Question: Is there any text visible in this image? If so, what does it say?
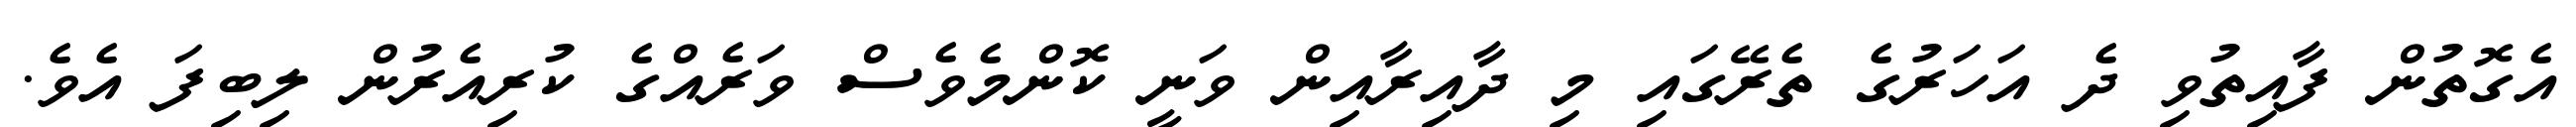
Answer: އެގޮތުން ފާއިތުވި ދެ އަހަރުގެ ތެރޭގައި މި ދާއިރާއިން ވަނީ ކޮންމެވެސް ވަރެއްގެ ކުރިއެރުން ލިބިފަ އެވެ.